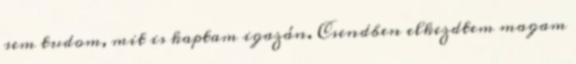
sem tudom, mit is kaptam igazán. Csendben elkezdtem magam